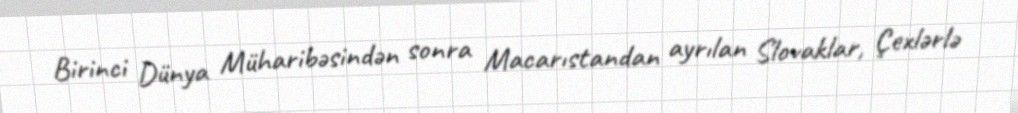
Birinci Dünya Müharibəsindən sonra Macarıstandan ayrılan Slovaklar, Çexlərlə